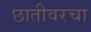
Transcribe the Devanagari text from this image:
छातीवरचा